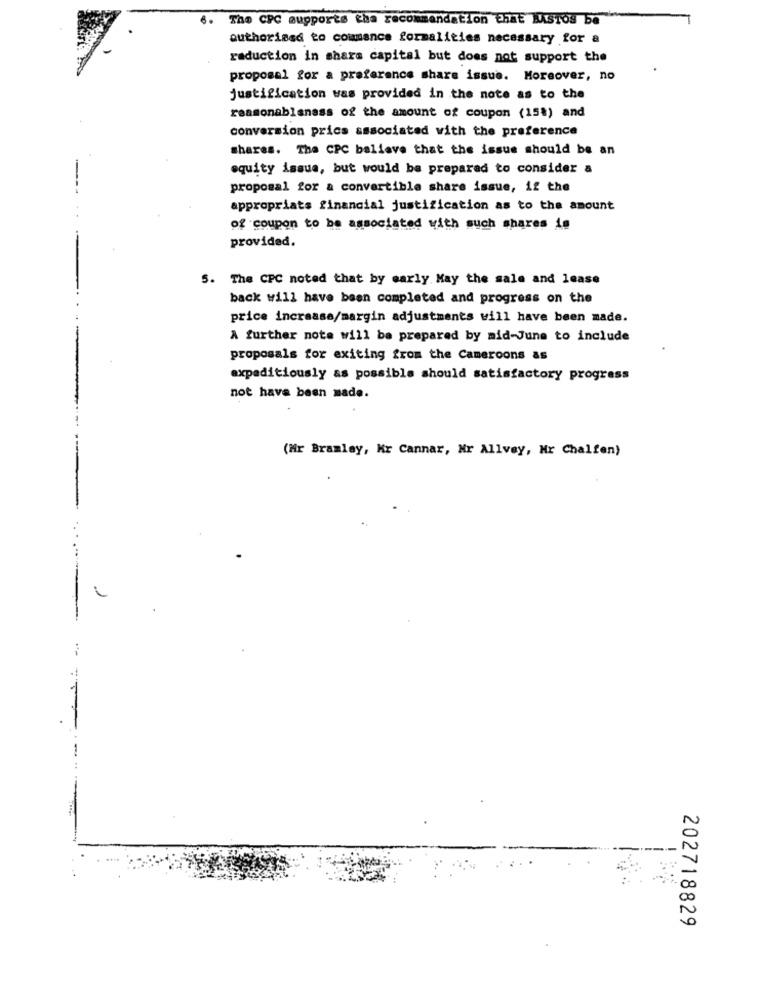
6.
The CPC supports the recommendation that BASTOS be
authorissd to commence formalities necessary for a
reduction in share capital but does not support the
proposal for a preference share issue. Moreover, no
justification was provided in the note as to the
reasonablenass of the amount of coupon (15%) and
conversion prics associated with the preference
shares. The CPC believe that the issue should be an
equity issue, but would be prepared to consider a
proposal for a convertible share issue, if the
appropriats financial justification as to the amount
of coupon to be associated with such shares is
provided.
5. The CPC noted that by early May the sale and lease
back will have been completed and progress on the
price increase/margin adjustments will have been made.
A further note will be prepared by mid-June to include
proposals for exiting from the Cameroons as
axpaditiously as possible should satisfactory progress
not have been made.
(Mr Bramley, Kr Cannar, Nr Allvey, Mr Chalfen)
202718829